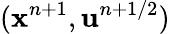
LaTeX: (\mathbf{x}^{n+1},\mathbf{u}^{n+1/2})